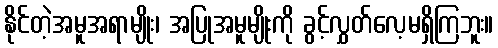
နိုင်တဲ့အမူအရာမျိုး၊ အပြုအမူမျိုးကို ခွင့်လွှတ်လေ့မရှိကြဘူး။